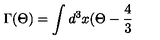
\Gamma ( \Theta ) = \int d ^ { 3 } x ( \Theta - \frac { 4 } { 3 }